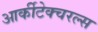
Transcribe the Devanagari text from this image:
आर्कीटेक्चरल्स